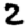
Digit: 2